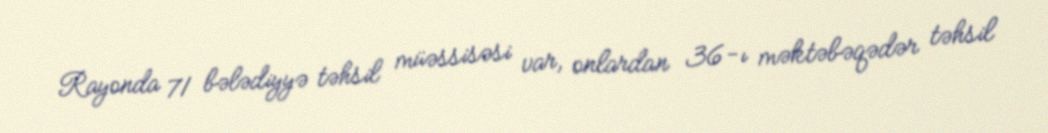
Rayonda 71 bələdiyyə təhsil müəssisəsi var, onlardan 36-ı məktəbəqədər təhsil